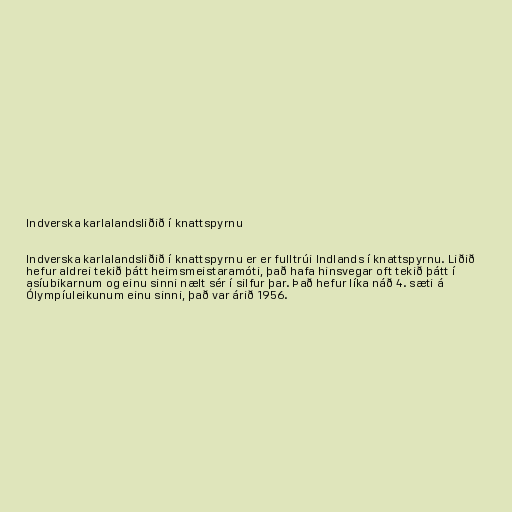
Indverska karlalandsliðið í knattspyrnu

Indverska karlalandsliðið í knattspyrnu er er fulltrúi Indlands í knattspyrnu. Liðið
hefur aldrei tekið þátt heimsmeistaramóti, það hafa hinsvegar oft tekið þátt í
asíubikarnum og einu sinni nælt sér í silfur þar. Það hefur líka náð 4. sæti á
Ólympíuleikunum einu sinni, það var árið 1956.